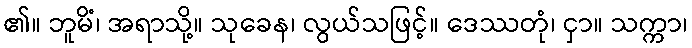
၏။ ဘူမိံ၊ အရာသို့။ သုခေန၊ လွယ်သဖြင့်။ ဒေဿတုံ၊ ငှာ။ သက္ကာ၊